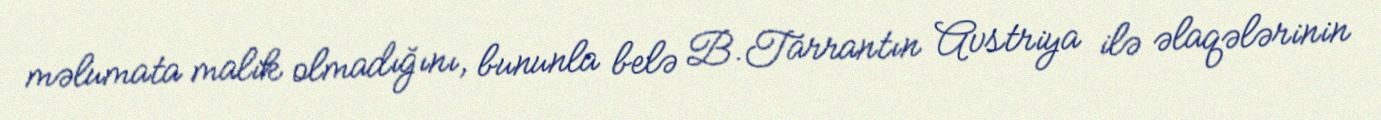
məlumata malik olmadığını, bununla belə B.Tarrantın Avstriya ilə əlaqələrinin